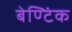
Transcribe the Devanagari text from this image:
बेण्टिंक